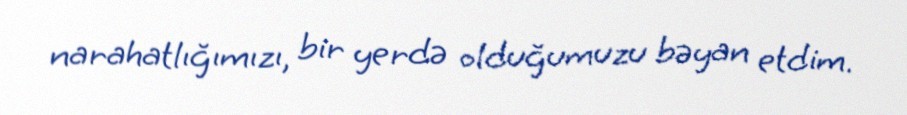
narahatlığımızı, bir yerdə olduğumuzu bəyan etdim.